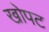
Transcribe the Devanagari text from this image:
खोपट